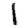
Digit: 1